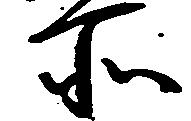
所